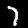
Label: 7